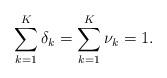
LaTeX: \begin{align*}\sum\limits_{k=1}^K\delta_k=\sum\limits_{k=1}^K\nu_k=1.\end{align*}